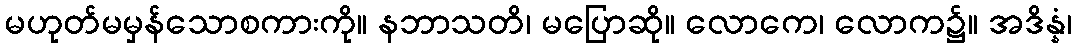
မဟုတ်မမှန်သောစကားကို။ နဘာသတိ၊ မပြောဆို။ လောကေ၊ လောက၌။ အဒိန္နံ၊